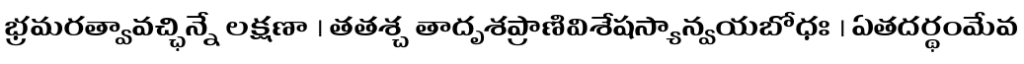
భ్రమరత్వావచ్ఛిన్నే లక్షణా । తతశ్చ తాదృశప్రాణివిశేషస్యాన్వయబోధః । ఏతదర్థంమేవ